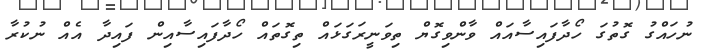
ނުހައްގު ގޮތުގަ ހޯދާފައިސާއައް ވާންވިގޮޔް ތިވަނީރަގަޅައް ތިގޮތައް ހޯދާފައިސާއިން ފައިދާ އެއް ނުކުރާ